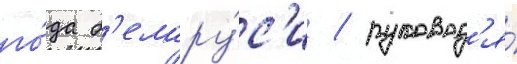
го́да б'елару́с'и / руковод'я́